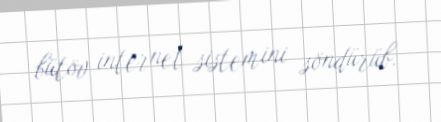
bütöv internet sistemini söndürüb.